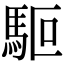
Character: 𩢘